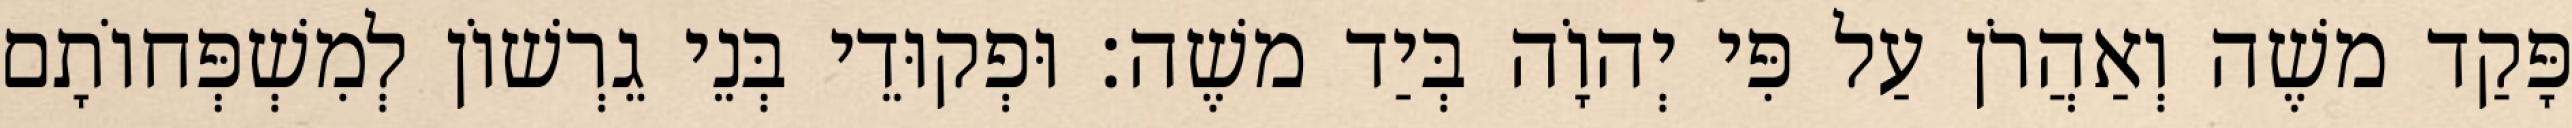
פָּקַד משֶׁה וְאַהֲרֹן עַל פִּי יְהוָֹה בְּיַד משֶׁה׃ וּפְקוּדֵי בְּנֵי גֵרְשׁוֹן לְמִשְׁפְּחוֹתָם